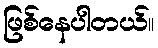
ဖြစ်နေပါတယ်။